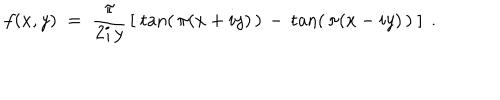
f ( x , y ) \; = \; \frac { \pi } { 2 i \, y } \, \left[ \; \tan ( \, \pi ( x + i y ) \, ) \, - \, \tan ( \, \pi ( x - i y ) \, ) \; \right] \; .